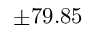
\pm 7 9 . 8 5 \